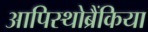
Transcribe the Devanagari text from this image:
आपिस्थोब्रैंकिया